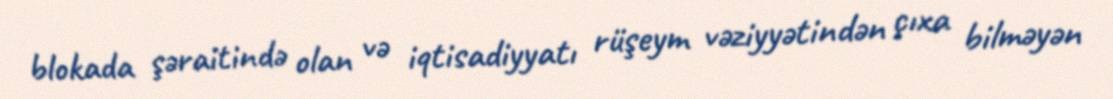
blokada şəraitində olan və iqtisadiyyatı rüşeym vəziyyətindən çıxa bilməyən